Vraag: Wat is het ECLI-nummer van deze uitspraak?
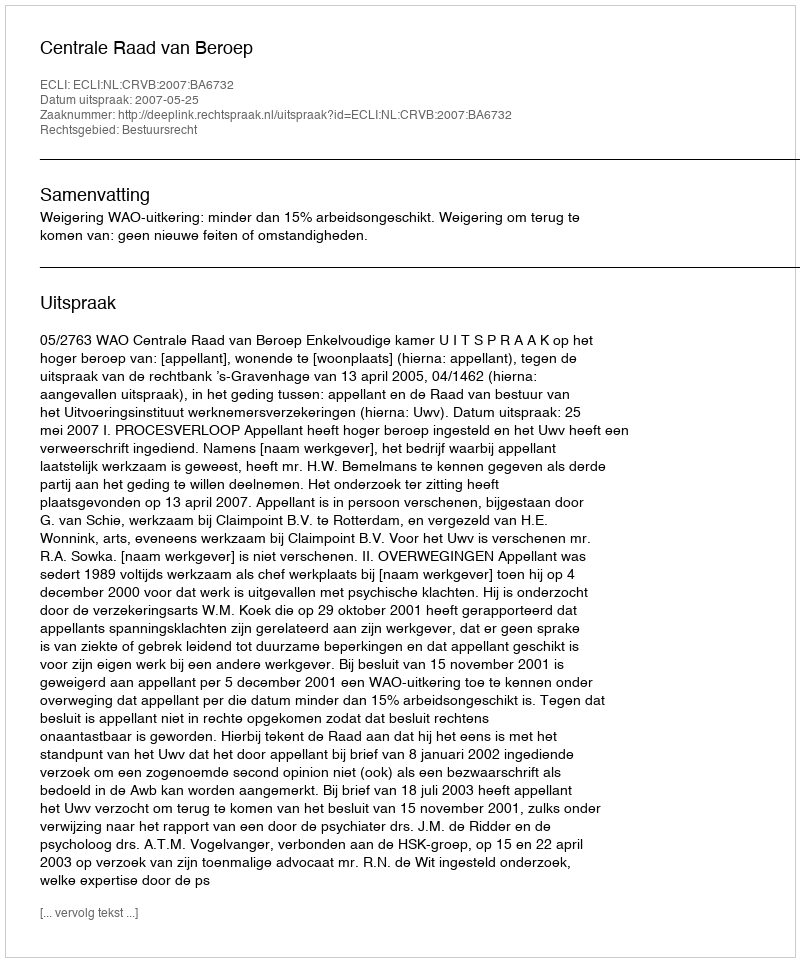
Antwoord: ECLI:NL:CRVB:2007:BA6732